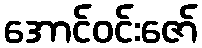
အောင်ဝင်းဇော်